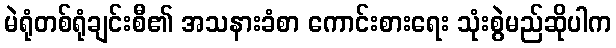
မဲရုံတစ်ရုံချင်းစီ၏ အသနားခံစာ ကောင်းစားရေး သုံးစွဲမည်ဆိုပါက